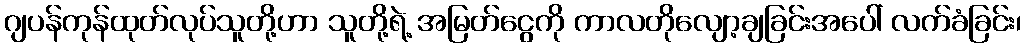
ဂျပန်ကုန်ထုတ်လုပ်သူတို့ဟာ သူတို့ရဲ့ အမြတ်ငွေကို ကာလတိုလျော့ချခြင်းအပေါ် လက်ခံခြင်း၊